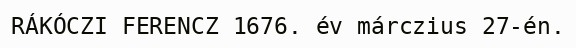
RÁKÓCZI FERENCZ 1676. év márczius 27-én.